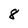
Character: 8